Annual administration report of the Civil Veterinary Department of India - 1902-1903
Year: 1902
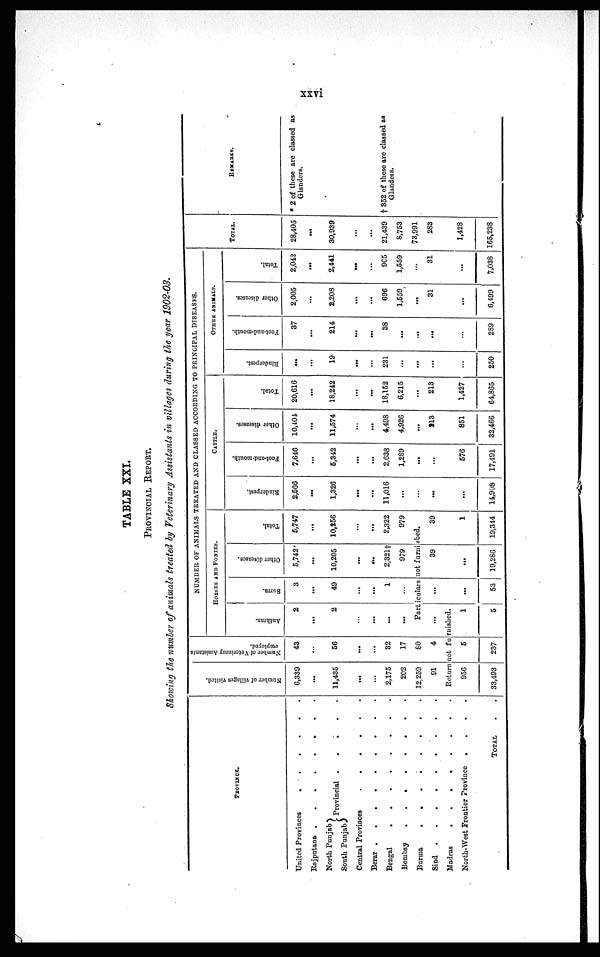
xxvi
TABLE XXI.
PROVINCIAL REPORT.
Showing the number of animals treated by Veterinary Assistants in villages during the year 1902-03.
PROVINCE.
United Provinces
.
.
.
.
.
.
Rajputana .
.
.
.
.
.
North Punja
South Punjab
Provincial . . .. .
Central Provinces
.
.
.
..
.
Berar
.
.
.
.
.
.
Bengal
.
.
.
.
.
.
.
.
Bombay
.
.
.
.
.
.
.
.
Burma
.
.
.
.
.
.
.
.
Sind
.
.
.
.
.
.
.
Madras
.
.
.
.
.
.
.
.
North-West Frontier Province .
.
.
.
TOTAL . .
Number of villages visited.
6,339
...
11,435
...
...
2,175
202
12,259
91
Number of Veterinary Assistants
employed.
43
...
56
...
...
32
17
80
4
NUMBER OF ANIMALS TREATED AND CLASSED ACCORDING TO PRINCIPAL DISEASES.
HORSES AND PONIES.
Anthrax.
2
...
2
...
...
...
...
Surra.
3
...
49
...
...
1
...
Other diseases.
5,742
...
10,205
...
...
2,321†
979
Total.
5,747
...
10,256
...
...
2,322
979
Particulars not furnished.
...
Return not furnished.
956
33,493
5
237
1
5
...
...
53
39
...
19,286
39
1
19,344
CATTLE.
Rinderpest,
2,566
...
1,326
...
...
11,016
...
...
...
...
14,908
Foot-and-mouth.
7,646
...
5,342
...
...
2,638
1,289
...
...
576
17,491
Other diseases.
10,404
...
11,574
...
...
4,498
4,926
...
813
851
32,466
Total.
20,616
...
18,242
...
...
18,152
6,215
...
213
1,427
64,865
OTHER ANIMALS.
Rinderpest.
...
...
19
...
...
231
...
...
...
...
250
Foot-and-mouth.
37
...
214
...
...
38
...
...
...
...
289
Other diseases.
2,005
...
2,208
...
...
696
1,559
...
31
...
6,499
Total.
2,042
...
2,441
...
...
965
1,559
...
31
...
7,038
TOTAL.
28,405
...
30,939
...
...
21,439
8,753
73,991
283
1,428
165,238
REMARKS.
* 2 of these are classed as
Glanders.
† 352 of these are classed as
Glanders.